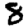
Digit: 8